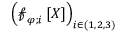
\left( \boldsymbol { \mathscr { f } } _ { \varphi ; i } \left[ X \right] \right) _ { i \in ( 1 , 2 , 3 ) }